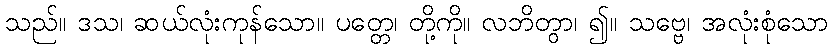
သည်။ ဒသ၊ ဆယ်လုံးကုန်သော။ ပတ္တေ၊ တို့ကို။ လဘိတွာ၊ ၍။ သဗ္ဗေ၊ အလုံးစုံသော